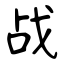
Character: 战